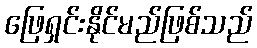
ဖြေရှင်းနိုင်မည်ဖြစ်သည်